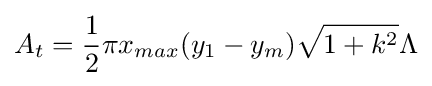
A_{t}={1 \over 2}\pi x_{max}(y_{1}-y_{m}){\sqrt {1+k^{2}}}\Lambda